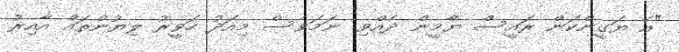
"އެ ޔަގީންކަން ރައީސް ޔާމީން ދެއްވި. ނަމަވެސް މިއަދު ހަވީރު ލިޔުންތައް އާއިރު